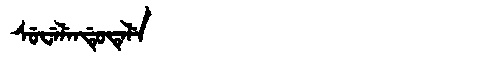
Manchu: ᠰᡠᠸᡝᠯᡝᠨᡩᡠᡨᡝᠯᡝ
Romanization: SUWELENDUTELE